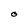
Character: O